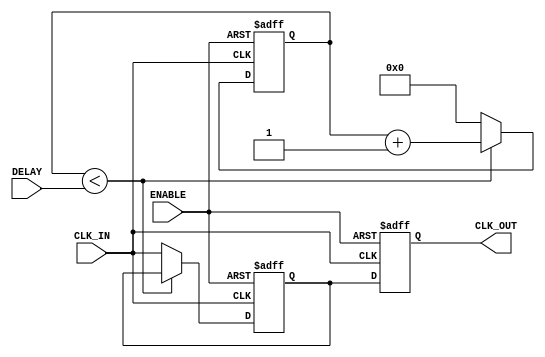
module DelayClockBuffer (
    input wire CLK_IN,       // Input clock signal
    input wire ENABLE,       // Enable signal for the clock buffer
    input wire [3:0] DELAY,  // Delay control (4-bit for adjustable delay)
    output reg CLK_OUT       // Delayed output clock signal
);

    // Internal signals
    reg [3:0] delay_counter; // Delay counter for programmable delay
    reg clk_buffer;          // Intermediate buffer for clock signal

    // Clock buffer generation with delay
    always @(posedge CLK_IN or negedge ENABLE) begin
        if (!ENABLE) begin
            // In disable state, output is driven low or held.
            CLK_OUT <= 1'b0; 
            clk_buffer <= 1'b0; 
            delay_counter <= 0; // reset delay counter
        end else begin
            // When enabled, create a delayed version of the clock
            if (delay_counter < DELAY) begin
                delay_counter <= delay_counter + 1'b1; // Increment delay counter
            end else begin
                // After reaching the specified delay, output the clock
                clk_buffer <= CLK_IN; // Capture the clock signal
                delay_counter <= 0; // Reset delay counter
            end
            // Assign the buffered clock to the output
            CLK_OUT <= clk_buffer;
        end
    end

    // Power management (optional implementation)
    always @(posedge CLK_IN) begin
        if (!ENABLE) begin
            // Power down logic could be implemented here
            // Example: setting up a low-power state
            // This is a placeholder for a more sophisticated implementation
        end
    end

endmodule